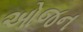
ઓજન